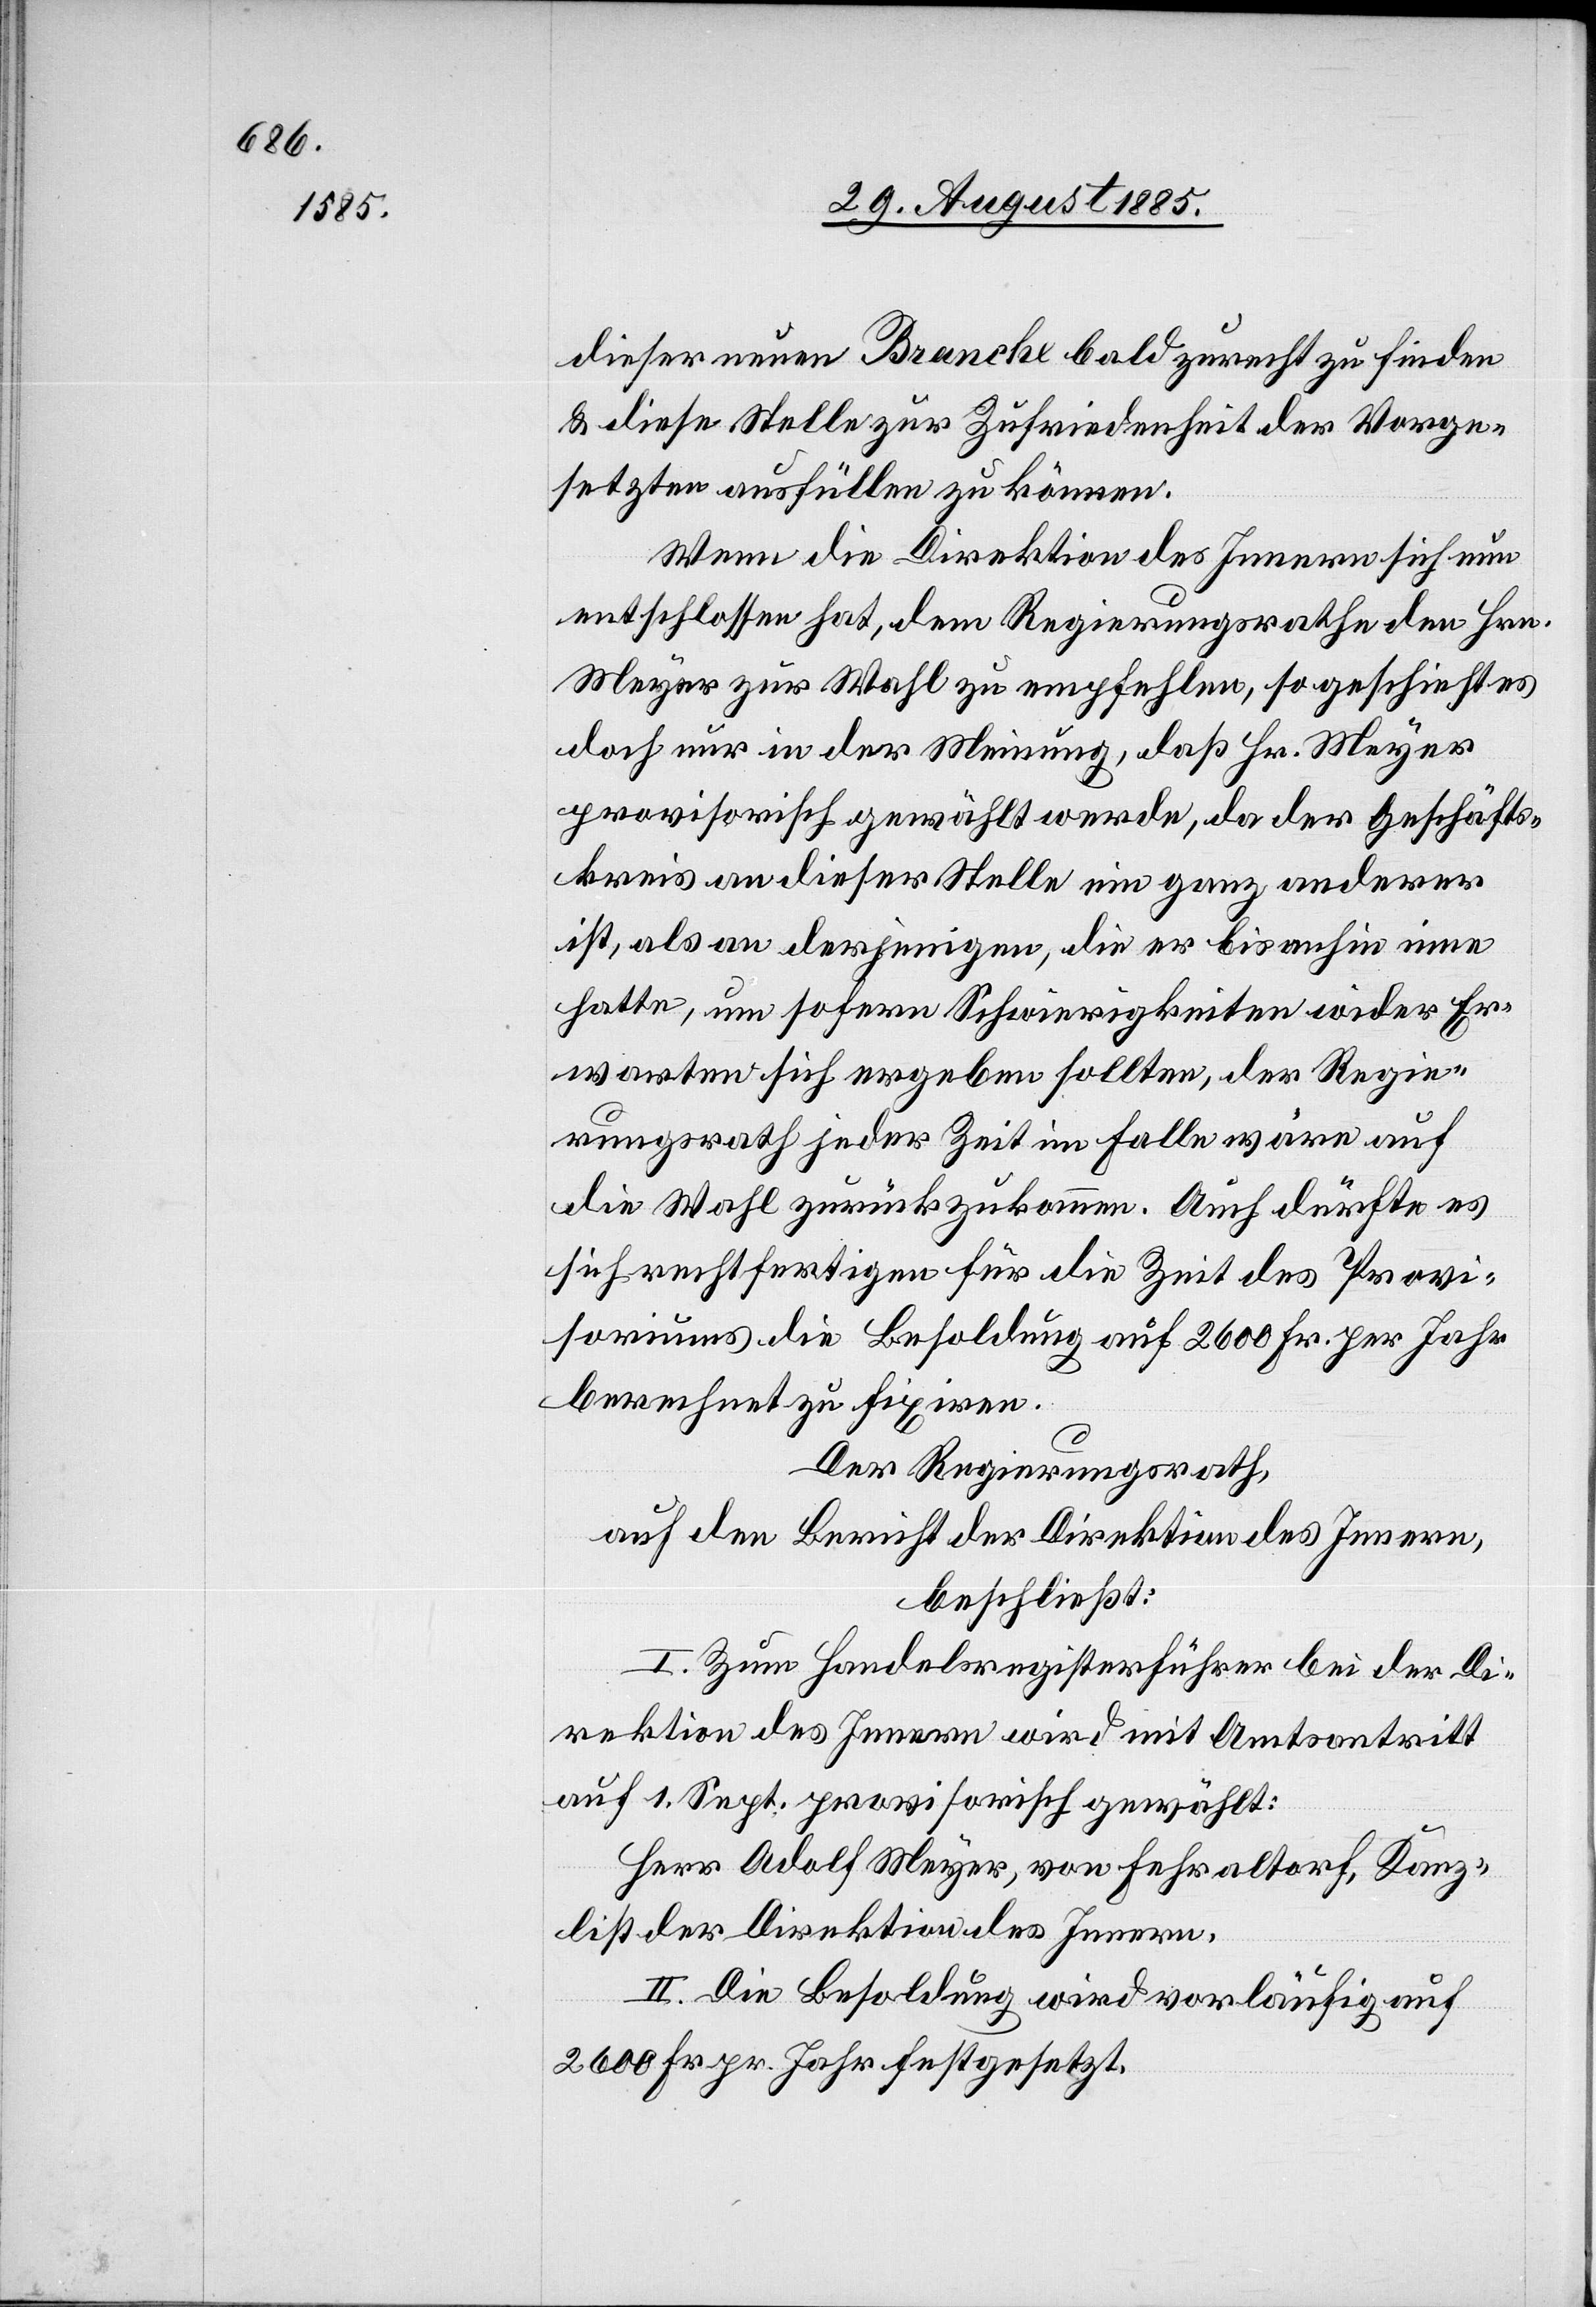
dieser neuen Branche bald zurecht zu finden
& diese Stelle zur Zufriedenheit der Vorge¬
setzten ausfüllen zu können.
Wenn die Direktion des Innern sich nun
entschlossen hat, dem Regierungsrathe den Hrn.
Meyer zur Wahl zu empfehlen, so geschieht es
doch nur in der Meinung, daß Hr. Meyer
provisorisch gewählt werde, da der Geschäfts¬
kreis an dieser Stelle ein ganz anderer
ist, als an derjenigen, die er bis anhin inne
hatte, um sofern Schwierigkeiten wider Er¬
warten sich ergeben sollten, der Regie¬
rungsrath jeder Zeit im Falle wäre auf
die Wahl zurückzukommen. Auch dürfe es
sich rechtfertigen für die Zeit des Provi¬
soriums die Besoldung auf 2600 Fr. per Jahr
berechnet zu fixiren.
Der Regierungsrath,
auf den Bericht der Direktion des Innern,
beschließt:
I. Zum Handelsregisterführer bei der Di¬
rektion des Innern wird mit Amtsantritt
auf 1. Sept. provisorisch gewählt:
Herr Adolf Meyer, von Fehraltorf, Kanz¬
list der Direktion des Innern.
II. Die Besoldung wird vorläufig auf
2600 Fr. pr. Jahr festgesetzt.